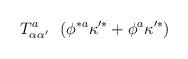
LaTeX: \begin{align*}T^{a}_{\alpha \alpha^{\prime} } \ \ (\phi^{* a} \kappa^{\prime *} + \phi^{a} \kappa^{\prime *} )\end{align*}